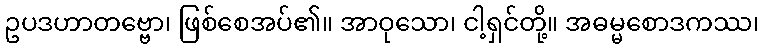
ဥပဒဟာတဗ္ဗော၊ ဖြစ်စေအပ်၏။ အာဝုသော၊ ငါ့ရှင်တို့။ အဓမ္မစောဒကဿ၊